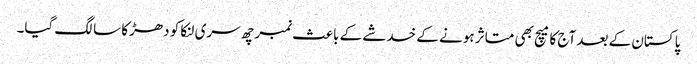
پاکستان کے بعد آج کا میچ بھی متاثر ہونے کے خدشے کے باعث نمبر چھ سری لنکا کو دھڑکا سا لگ گیا۔